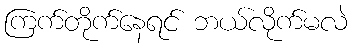
ကြက်တိုက်နေရင် ဘယ်လိုက်မလဲ